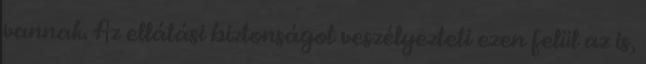
vannak. Az ellátási biztonságot veszélyezteti ezen felül az is,